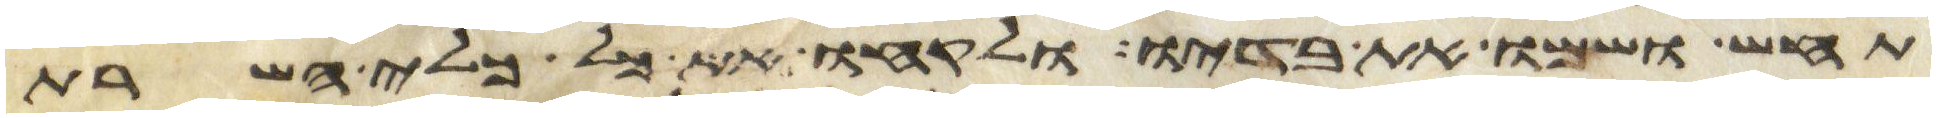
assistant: תחש ושמו את בדיו ולקחו את כל כלי השרת